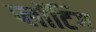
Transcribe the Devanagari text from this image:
प्लॉटिंग